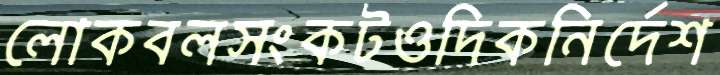
লোকবলসংকটওদিকনির্দেশ